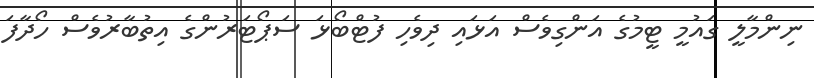
ނިންމާލީ ގައުމީ ޓީމުގެ އަންގިވެސް އަޅައި ދިވެހި ފުޓްބޯޅަ ސަޕޯޓަރުންގެ އިތުބާރުވެސް ހޯދާފަ